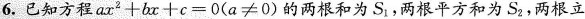
6.已知方程$$a x ^ { 2 } + b x + c = 0$$(a≠0)的两根和为S_{1}，两根平方和为S_{2}，两根立